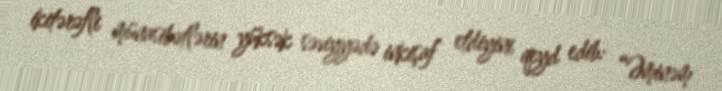
ikitərəfli münasibətlərin yüksək səviyyədə inkişaf etdiyini qeyd edib: “Əminəm